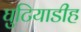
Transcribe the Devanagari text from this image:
घुटियाडीह